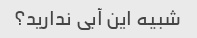
شبیه این آبی ندارید؟